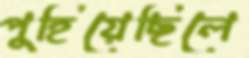
পুহিয়েছিলে